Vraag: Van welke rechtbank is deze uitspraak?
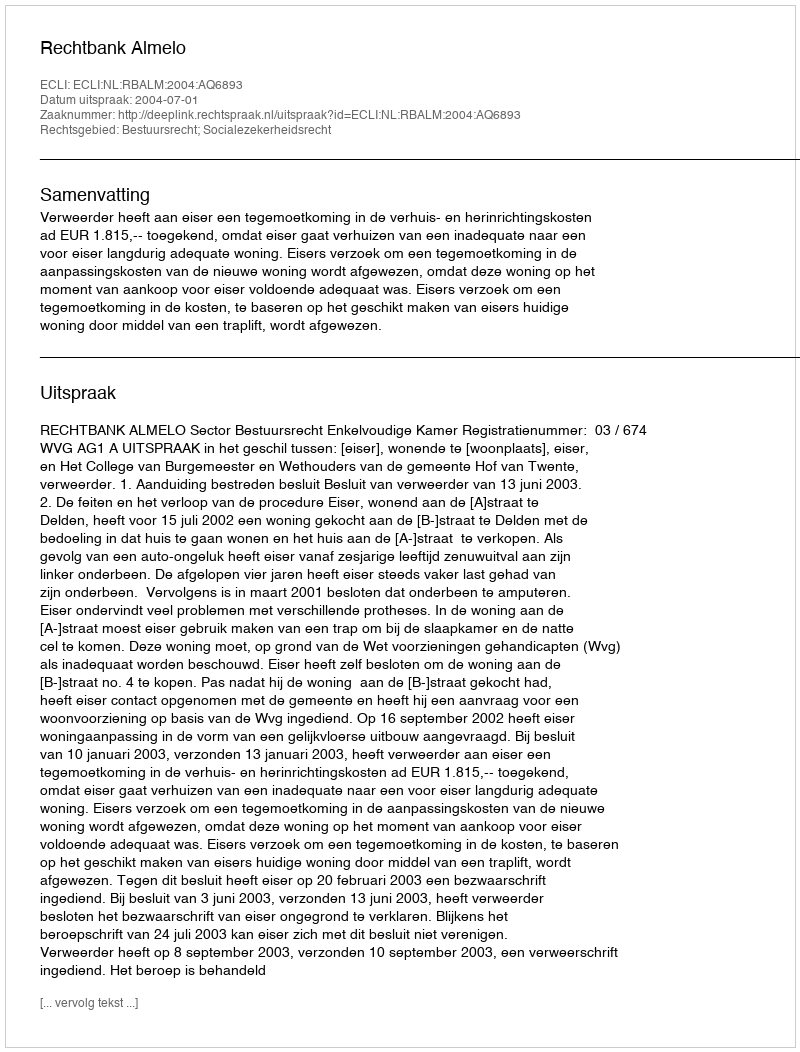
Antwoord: Rechtbank Almelo